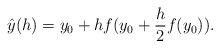
LaTeX: \begin{align*}\hat{y}(h)=y_0+h f(y_0+\frac{h}{2}f(y_0)).\end{align*}